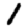
Digit: 1